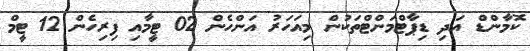
ކޮމާންޑް އަދި ޑިޕާޓްމަންޓްތަކުން މިއަހަރު އަންހެން 02 ޓީމާއި ފިރިހެން 12 ޓީމް